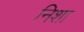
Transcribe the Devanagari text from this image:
निशा